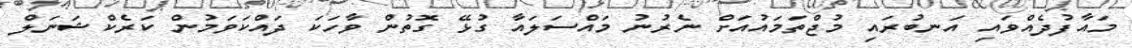
މައާފުދެއްވައި އަނބުރައި މުޖްތަމައުއަށް ނެރުނު މައްސަލައާ ގުޅޭ ގޮތުން ވާހަކަ ދައްކަވަމުން ކަރެކްޝަނަލް